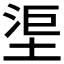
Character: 𣵹